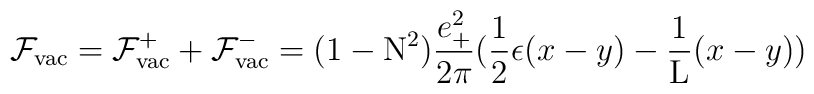
{\cal F}_{\rm vac} = {\cal F}_{\rm vac}^{+} + {\cal F}_{\rm vac}^{-}=(1-{\rm N}^2) \frac{e_{+}^2}{2\pi} (\frac{1}{2} \epsilon(x-y) -\frac{1}{\rm L} (x-y))